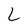
Character: L